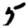
Digit: 5